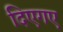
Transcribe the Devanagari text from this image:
दिएगए